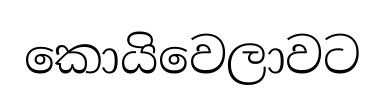
කොයිවෙලාවට